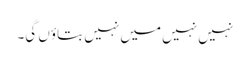
نہیں نہیں میں نہیں بتاؤں گی۔